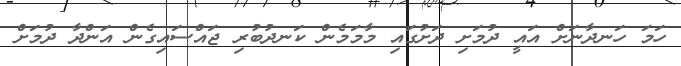
ހަމަ ހަނދާނަށް އައީ ދުމަށި ދަށުގައި މާމަމެން ކަނދުބުރި ޖައްސައިގެން އަންދާ ދުމަށް